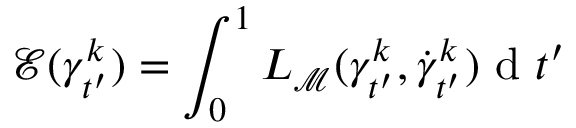
\mathcal { E } ( \gamma _ { t ^ { \prime } } ^ { k } ) = \int _ { 0 } ^ { 1 } L _ { { \mathcal { M } } } ( \gamma _ { t ^ { \prime } } ^ { k } , \dot { \gamma } _ { t ^ { \prime } } ^ { k } ) \mathrm { ~ d ~ } t ^ { \prime }